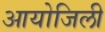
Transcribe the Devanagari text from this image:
आयोजिली